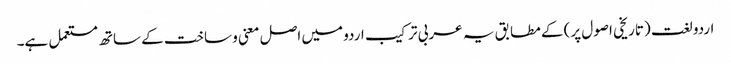
اردو لغت (تاریخی اصول پر) کے مطابق یہ عربی ترکیب اردو میں اصل معنی و ساخت کے ساتھ مستعمل ہے۔